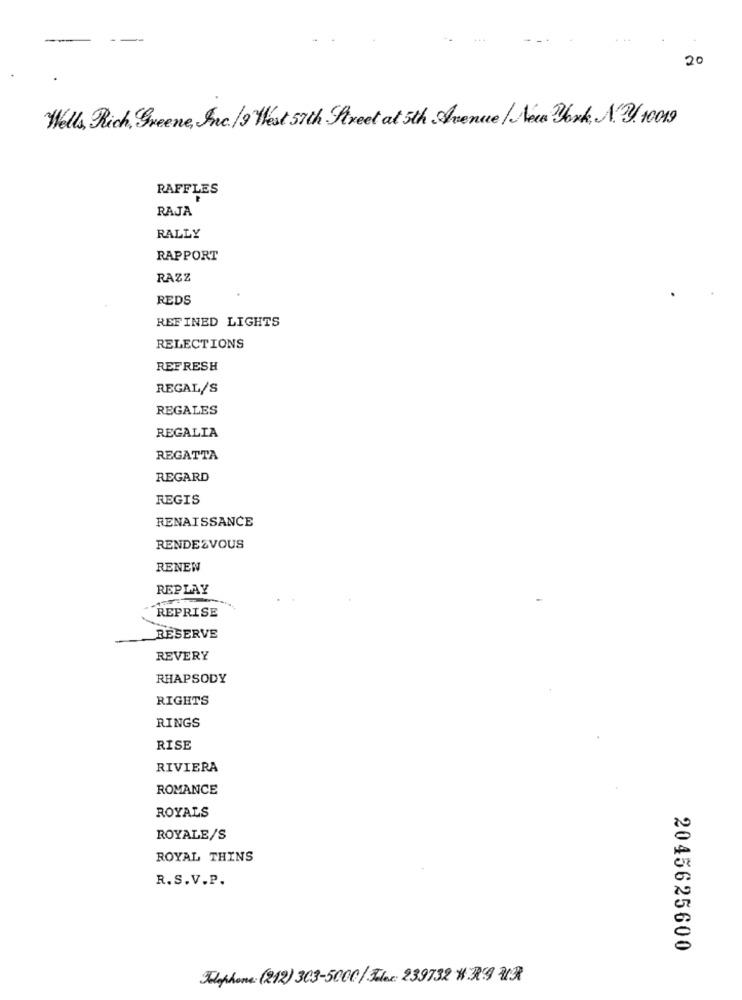
20
Wells, Rich, Greene, Inc. /9 West 57th Street at 5th Avenue / New York, A.3. 10019
RAFFLES
RAJA
RALLY
RAPPORT
RAZZ
REDS
REFINED LIGHTS
RELECTIONS
REFRESH
REGAL/S
REGALES
REGALIA
REGATTA
REGARD
REGIS
RENAISSANCE
RENDEZVOUS
RENEW
REPLAY
REPRISE
RESERVE
REVERY
RHAPSODY
RIGHTS
RINGS
RISE
RIVIERA
ROMANCE
ROYALS
ROYALE/S
ROYAL THINS
R. S.V.P.
2045625600
Polophone: (212) 303-5000 / flex: 239732 #39 UR